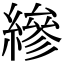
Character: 縿